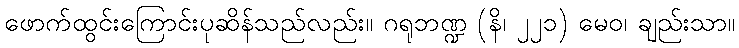
ဖောက်ထွင်းကြောင်းပုဆိန်သည်လည်း။ ဂရုဘဏ္ဍ (နိ၊ ၂၂၁) မေဝ၊ ချည်းသာ။